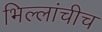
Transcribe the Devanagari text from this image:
भिल्लांचीच